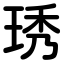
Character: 琇